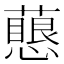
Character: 𧁊